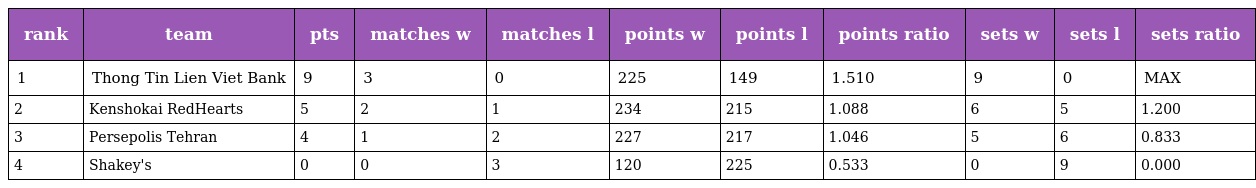
| rank | team | pts | matches w | matches l | points w | points l | points ratio | sets w | sets l | sets ratio |
 | --- | --- | --- | --- | --- | --- | --- | --- | --- | --- | --- |
 | 1 | Thong Tin Lien Viet Bank | 9 | 3 | 0 | 225 | 149 | 1.510 | 9 | 0 | MAX |
 | 2 | Kenshokai RedHearts | 5 | 2 | 1 | 234 | 215 | 1.088 | 6 | 5 | 1.200 |
 | 3 | Persepolis Tehran | 4 | 1 | 2 | 227 | 217 | 1.046 | 5 | 6 | 0.833 |
 | 4 | Shakey's | 0 | 0 | 3 | 120 | 225 | 0.533 | 0 | 9 | 0.000 |